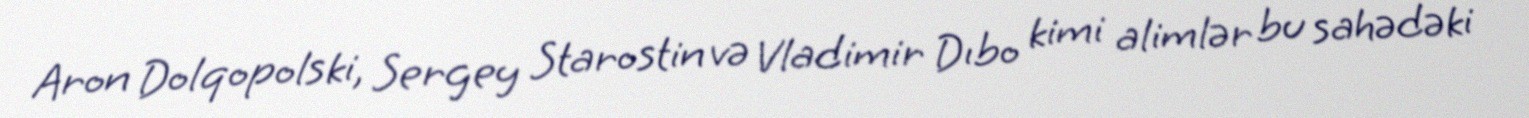
Aron Dolqopolski, Sergey Starostin və Vladimir Dıbo kimi alimlər bu sahədəki